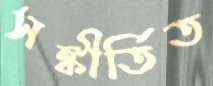
সঙ্কীর্তিত